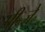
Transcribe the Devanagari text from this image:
पी॰जे॰